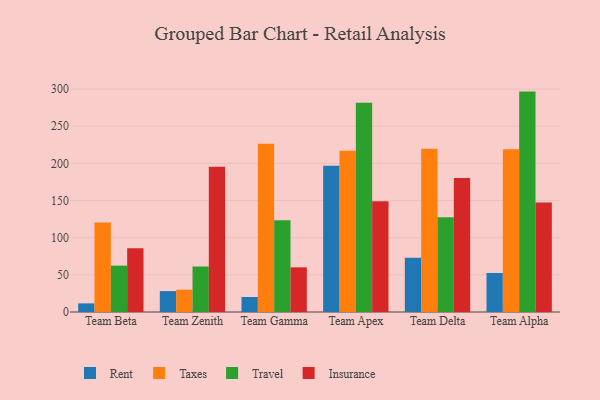
{"axis": {"x": "Team", "y": "Page Views"}, "legend": ["Insurance", "Rent", "Taxes", "Travel"], "data": [{"x": "Team Beta", "y": 11.6, "type": "Rent"}, {"x": "Team Beta", "y": 120.5, "type": "Taxes"}, {"x": "Team Beta", "y": 62.4, "type": "Travel"}, {"x": "Team Beta", "y": 85.7, "type": "Insurance"}, {"x": "Team Zenith", "y": 28.1, "type": "Rent"}, {"x": "Team Zenith", "y": 30.0, "type": "Taxes"}, {"x": "Team Zenith", "y": 61.2, "type": "Travel"}, {"x": "Team Zenith", "y": 195.4, "type": "Insurance"}, {"x": "Team Gamma", "y": 20.2, "type": "Rent"}, {"x": "Team Gamma", "y": 226.4, "type": "Taxes"}, {"x": "Team Gamma", "y": 123.5, "type": "Travel"}, {"x": "Team Gamma", "y": 60.1, "type": "Insurance"}, {"x": "Team Apex", "y": 196.8, "type": "Rent"}, {"x": "Team Apex", "y": 217.1, "type": "Taxes"}, {"x": "Team Apex", "y": 281.6, "type": "Travel"}, {"x": "Team Apex", "y": 149.0, "type": "Insurance"}, {"x": "Team Delta", "y": 73.1, "type": "Rent"}, {"x": "Team Delta", "y": 219.8, "type": "Taxes"}, {"x": "Team Delta", "y": 127.5, "type": "Travel"}, {"x": "Team Delta", "y": 180.2, "type": "Insurance"}, {"x": "Team Alpha", "y": 52.5, "type": "Rent"}, {"x": "Team Alpha", "y": 219.0, "type": "Taxes"}, {"x": "Team Alpha", "y": 296.6, "type": "Travel"}, {"x": "Team Alpha", "y": 147.3, "type": "Insurance"}]}